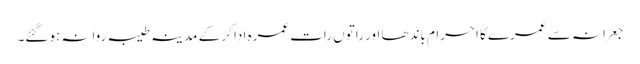
جعرانہ سے عمرے کا احرام باندھا اور راتوں رات عمرہ ادا کر کے مدینہ طیبہ روانہ ہوگئے۔